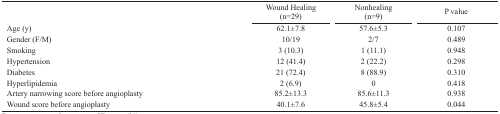
<table><thead><tr><td></td><td><b>Wound Healing(n=29)</b></td><td><b>Nonhealing(n=9)</b></td><td><b>P value</b></td></tr></thead><tbody><tr><td>Age (y)</td><td>62.1±7.8</td><td>57.6±5.3</td><td>0.107</td></tr><tr><td>Gender (F/M)</td><td>10/19</td><td>2/7</td><td>0.489</td></tr><tr><td>Smoking </td><td>3 (10.3)</td><td>1 (11.1)</td><td>0.948</td></tr><tr><td>Hypertension </td><td>12 (41.4)</td><td>2 (22.2)</td><td>0.298</td></tr><tr><td>Diabetes </td><td>21 (72.4)</td><td>8 (88.9)</td><td>0.310</td></tr><tr><td>Hyperlipidemia </td><td>2 (6.9)</td><td>0</td><td>0.418</td></tr><tr><td>Artery narrowing score before angioplasty </td><td>85.2±13.3</td><td>85.6±11.3</td><td>0.938</td></tr><tr><td>Wound score before angioplasty</td><td>40.1±7.6</td><td>45.8±5.4</td><td>0.044</td></tr></tbody></table>